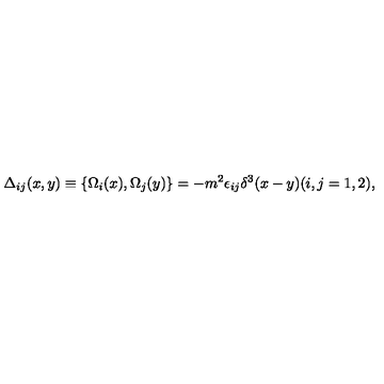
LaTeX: \Delta _ { i j } ( x , y ) \equiv \{ \Omega _ { i } ( x ) , \Omega _ { j } ( y ) \} = - m ^ { 2 } \epsilon _ { i j } \delta ^ { 3 } ( x - y ) ( i , j = 1 , 2 ) ,